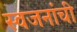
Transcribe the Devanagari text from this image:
स्वजनांची